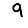
Digit: 9